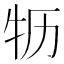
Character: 𮳻